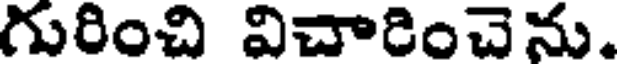
గురించి విచారించెను.